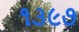
૧૩૯૭